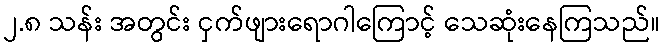
၂.၈ သန်း အတွင်း ငှက်ဖျားရောဂါကြောင့် သေဆုံးနေကြသည်။